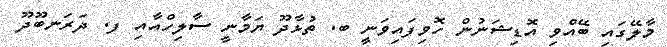
މާލޭގައި ބޭއްވި އޮޑިޝަނުން ހޮވިފައިވަނީ ބ. ތުޅާދޫ ޔަމާނީ ސާލިހްއާއި ފ. ދަރަނބޫދޫ